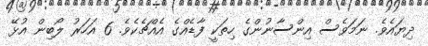
ދިޔައެވެ. ނަމަވެސް އިންސާނުންގެ ހިތަކީ ފާޑެއްގެ އެއްޗެކެވެ. 6 އަހަރު ލޯބިން އުޅޭ